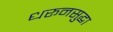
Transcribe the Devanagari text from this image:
धरूनसुद्धा